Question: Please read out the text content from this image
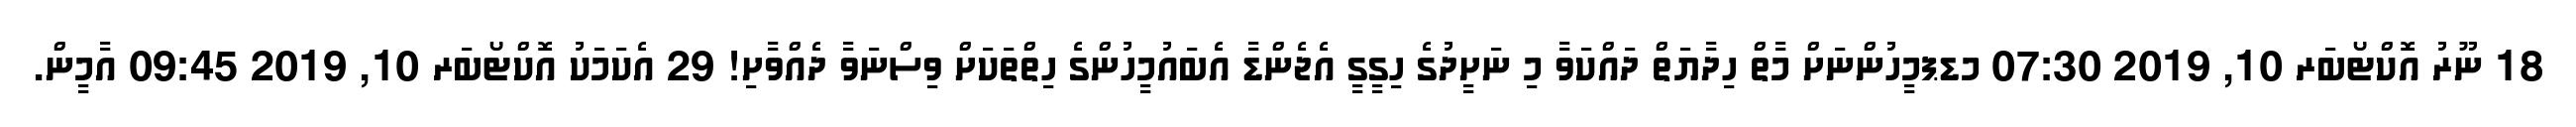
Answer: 18 ނޫރު އޮކްޓޯބަރ 10, 2019 07:30 މޑޕމީހުންނަށް މާތް ހިދާޔަތް ދައްކަވާ މި ނަށީދުގެ ހިގީގީ އެޖެންޑާ އެބައުމީހުންގެ ހިތްތަކަށް ވިސްނަވާ ދެއްވާށި! 29 އެކަމަކު އޮކްޓޯބަރ 10, 2019 09:45 އާމީން.